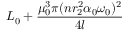
L _ { 0 } + \frac { \mu _ { 0 } ^ { 3 } \pi ( n r _ { 2 } ^ { 2 } \alpha _ { 0 } \omega _ { 0 } ) ^ { 2 } } { 4 l }